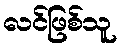
လင်ဖြစ်သူ